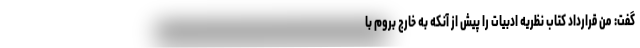
گفت: من قرارداد کتاب نظریه ادبیات را پیش از آنکه به خارج بروم با